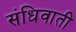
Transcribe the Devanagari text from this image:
संधिवाती